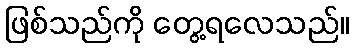
ဖြစ်သည်ကို တွေ့ရလေသည်။